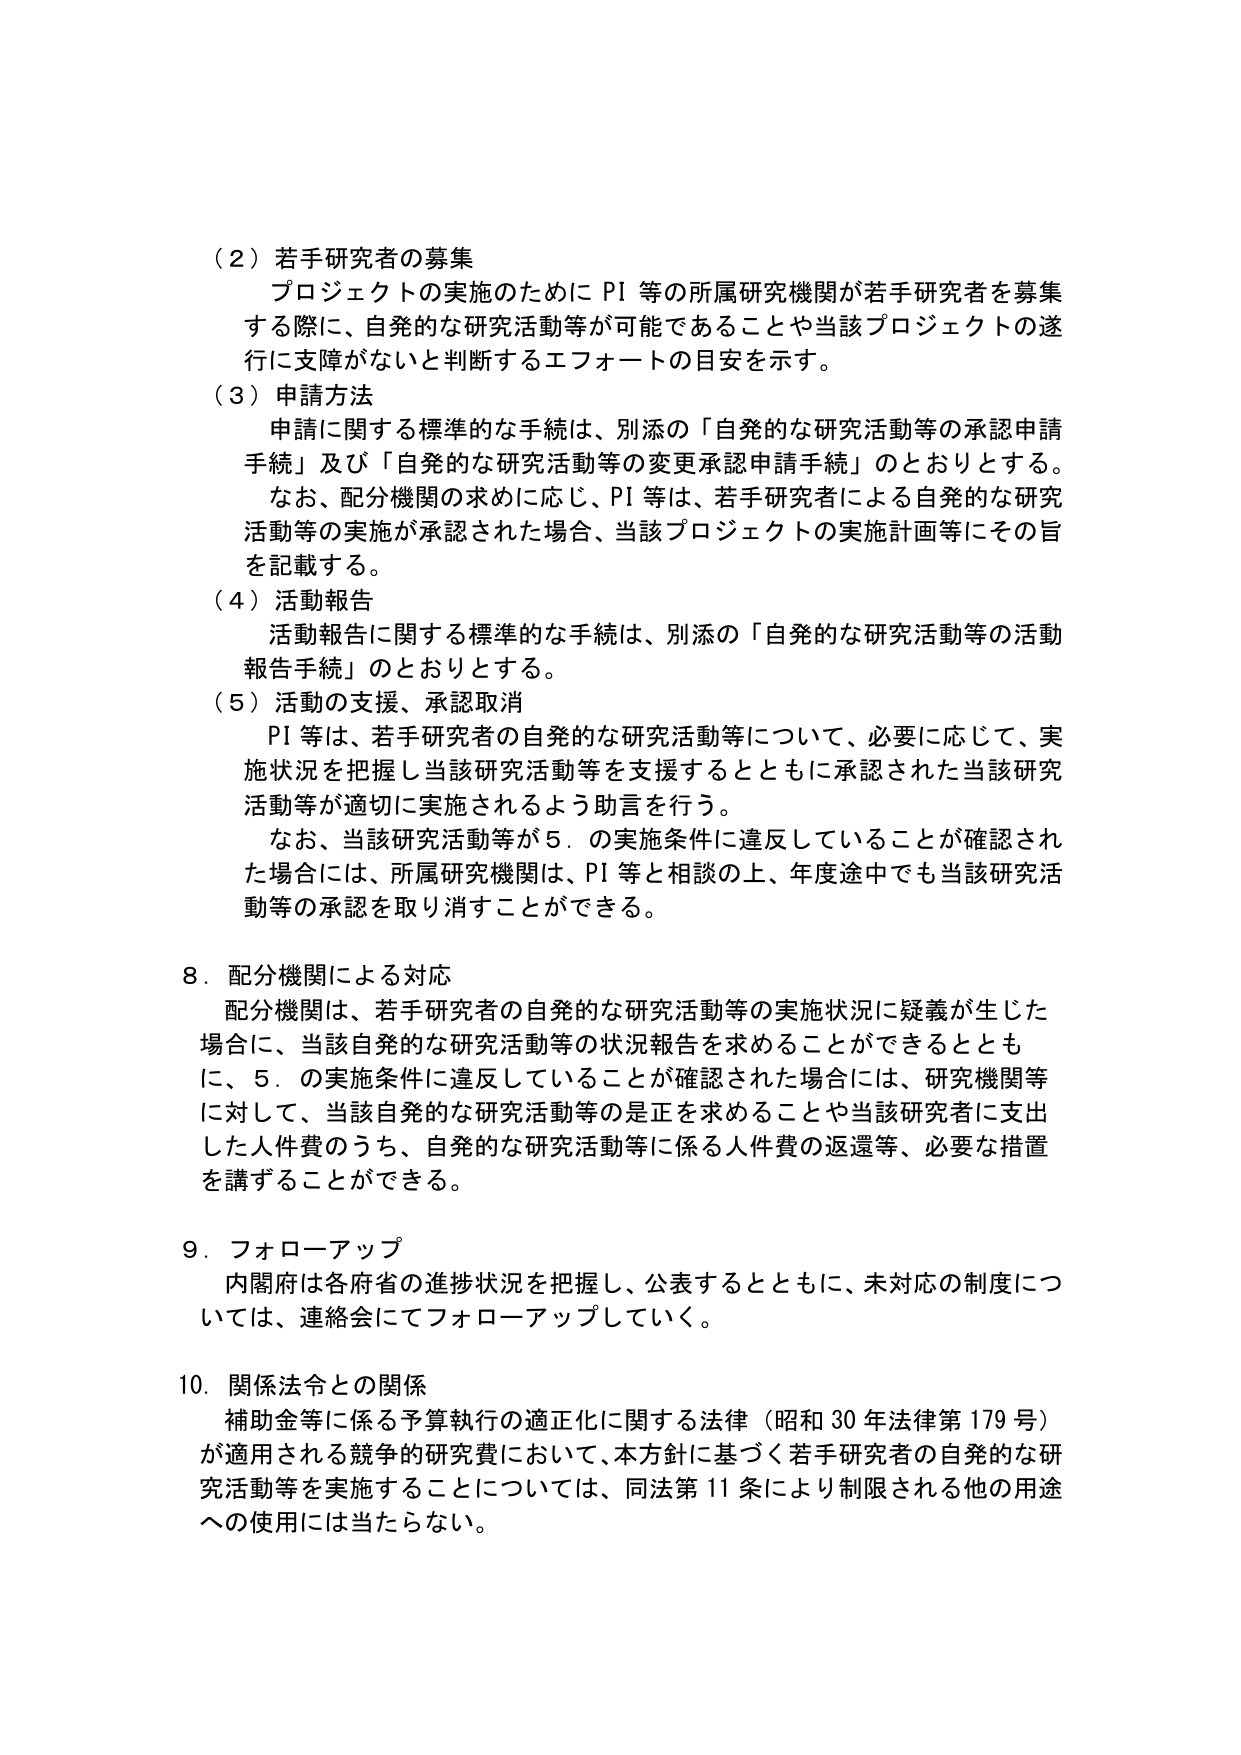
（２）若手研究者の募集
プロジェクトの実施のために PI 等の所属研究機関が若手研究者を募集する際に、自発的な研究活動等が可能であることや当該プロジェクトの遂行に支障がないと判断するエフォートの目安を示す。

（３）申請方法
申請に関する標準的な手続は、別添の「自発的な研究活動等の承認申請手続」及び「自発的な研究活動等の変更承認申請手続」のとおりとする。
なお、配分機関の求めに応じ、PI 等は、若手研究者による自発的な研究活動等の実施が承認された場合、当該プロジェクトの実施計画等にその旨を記載する。

（４）活動報告
活動報告に関する標準的な手続は、別添の「自発的な研究活動等の活動報告手続」のとおりとする。

（５）活動の支援、承認取消
PI 等は、若手研究者の自発的な研究活動等について、必要に応じて、実施状況を把握し当該研究活動等を支援するとともに承認された当該研究活動等が適切に実施されるよう助言を行う。
なお、当該研究活動等が５．の実施条件に違反していることが確認された場合には、所属研究機関は、PI 等と相談の上、年度途中でも当該研究活動等の承認を取り消すことができる。

８．配分機関による対応
配分機関は、若手研究者の自発的な研究活動等の実施状況に疑義が生じた場合に、当該自発的な研究活動等の状況報告を求めることができるとともに、５．の実施条件に違反していることが確認された場合には、研究機関等に対して、当該自発的な研究活動等の是正を求めることや当該研究者に支出した人件費のうち、自発的な研究活動等に係る人件費の返還等、必要な措置を講ずることができる。

９．フォローアップ
内閣府は各府省の進捗状況を把握し、公表するとともに、未対応の制度については、連絡会にてフォローアップしていく。

10．関係法令との関係
補助金等に係る予算執行の適正化に関する法律（昭和30年法律第179号）が適用される競争的研究費において、本方針に基づく若手研究者の自発的な研究活動等を実施することについては、同法第11条により制限される他の用途への使用には当たらない。